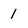
Character: 1